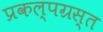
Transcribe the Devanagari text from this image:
प्रकल्पग्रस्त